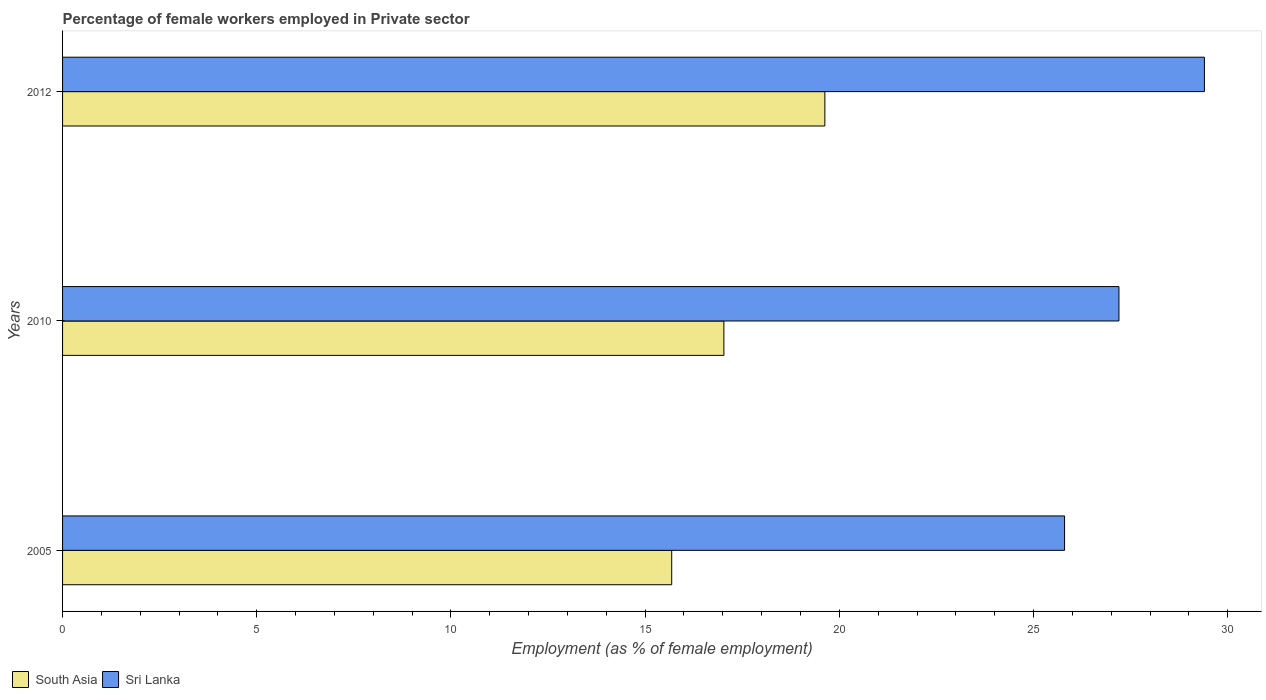
| Years | South Asia | Sri Lanka |
 | --- | --- | --- |
 | 2005 | 15.7 | 25.8 |
 | 2010 | 17 | 27.2 |
 | 2012 | 19.6 | 29.4 |